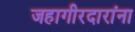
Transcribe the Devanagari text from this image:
जहागीरदारांना